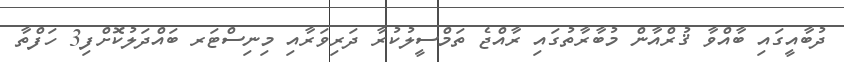
ދުބާއީގައި ބާއްވާ ޤުރްއާން މުބާރާތުގައި ރާއްޖެ ތަމްސީލުކުރާ ދަރިވަރާއި މިނިސްޓަރ ބައްދަލުކޮށްފި3 ހަފްތާ